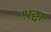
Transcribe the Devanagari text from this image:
श्रद्दा